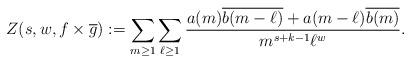
LaTeX: \begin{align*} Z(s,w, f\times \overline{g}) := \sum_{m \geq 1} \sum_{\ell \geq 1} \frac{a(m) \overline{b(m - \ell)} + a(m - \ell)\overline{b(m)}}{m^{s + k - 1} \ell^w}.\end{align*}